Source: Handwritten
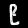
Digit: ၉ (9)